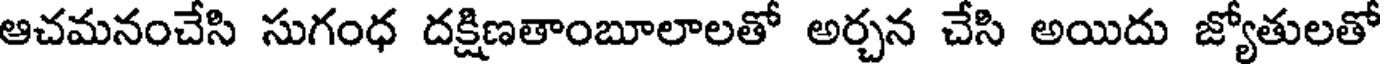
ఆచమనంచేసి సుగంధ దక్షిణతాంబూలాలతో అర్చన చేసి అయిదు జ్యోతులతో